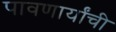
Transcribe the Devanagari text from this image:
पावणार्यांची